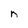
Character: n